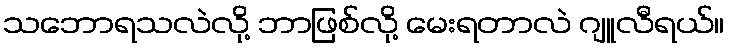
သဘောရသလဲလို့ ဘာဖြစ်လို့ မေးရတာလဲ ဂျူလီရယ်။